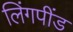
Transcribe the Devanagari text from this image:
लिंगपींड